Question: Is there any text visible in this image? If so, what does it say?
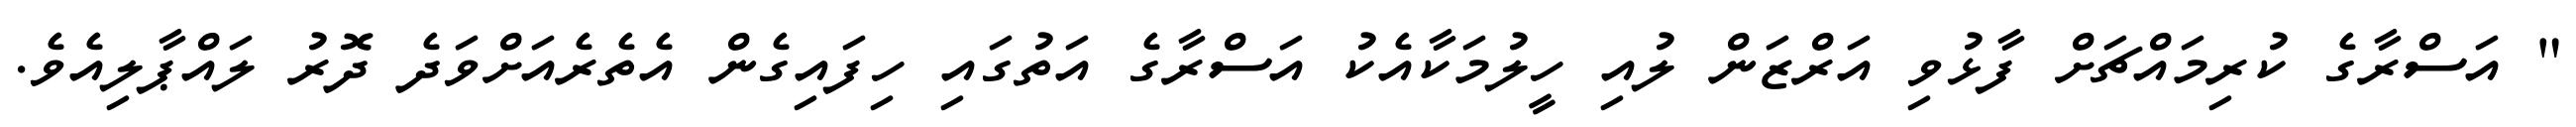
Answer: " އަސްރާގެ ކުރިމައްޗަށް ފާޅުވި އަރްޒަން ލުއި ހީލުމަކާއެކު އަސްރާގެ އަތުގައި ހިފައިގެން އެތެރެއަށްވަދެ ދޮރު ލައްޕާލިއެވެ.